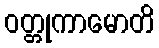
ဝတ္တုကာမောတိ